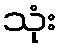
သုံး